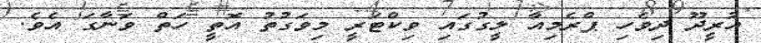
އުރީދޫ ދިވެހި ޕްރެމިއާ ލީގުގައި ވިކްޓަރީ މިވަގުތު އޮތީ ހަތް ވަނާގަ އެވެ.